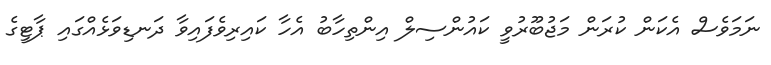
ނަމަވެސް އެކަން ކުރަން މަޖުބޫރުވީ ކައުންސިލް އިންތިހާބު އެހާ ކައިރިވެފައިވާ ދަނޑިވަޅެއްގައި ޕާޓީގެ